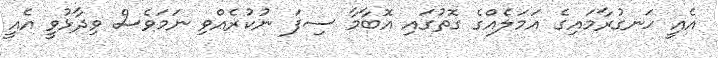
އެއީ ހަނގުރާމައިގެ އަމަލެއްގެ ގޮތުގައި އަޮބާމާ ސިފަ ނުކުރެއްވި ނަމަވެސް ވިދާޅުވީ އެއީ